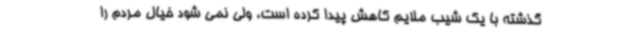
گذشته با یک شیب ملایم کاهش پیدا کرده است، ولی نمی شود خیال مردم را